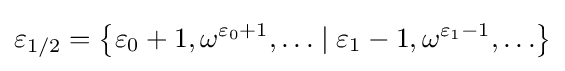
\varepsilon _{1/2}=\left\{\varepsilon _{0}+1,\omega ^{\varepsilon _{0}+1},\ldots \mid \varepsilon _{1}-1,\omega ^{\varepsilon _{1}-1},\ldots \right\}